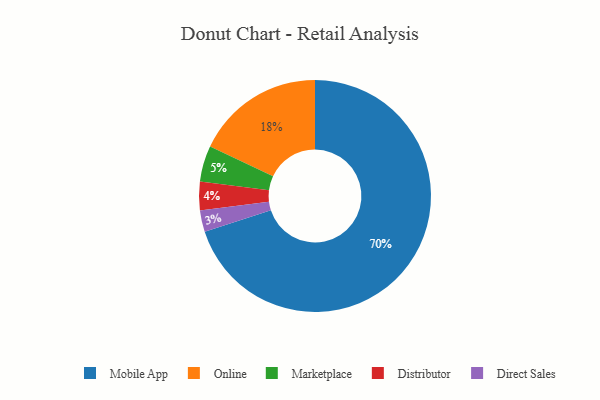
{"axis": {"x": "Category", "y": "Percentage"}, "legend": ["Direct Sales", "Distributor", "Marketplace", "Mobile App", "Online"], "data": [{"x": "Distributor", "y": 4, "type": "Distributor"}, {"x": "Marketplace", "y": 5, "type": "Marketplace"}, {"x": "Direct Sales", "y": 3, "type": "Direct Sales"}, {"x": "Mobile App", "y": 70, "type": "Mobile App"}, {"x": "Online", "y": 18, "type": "Online"}]}